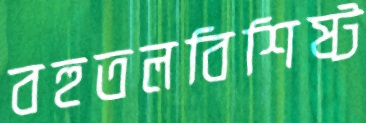
বহুতলবিশিষ্ট